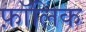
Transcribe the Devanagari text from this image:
फ़ॉलिक